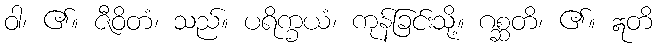
ဝါ၊ ၏။ ဇီဝိတံ၊ သည်။ ပရိက္ခယံ၊ ကုန်ခြင်းသို့။ ဂစ္ဆတိ၊ ၏။ ဣတိ